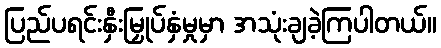
ပြည်ပရင်းနှီးမြှုပ်နှံမှုမှာ အသုံးချခဲ့ကြပါတယ်။